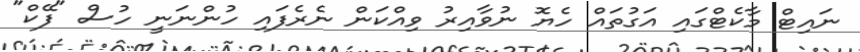
ނައިޓް މާކެޓްގައި އަގުތައް ހެޔޮ ނުވާއިރު ވިއްކަން ނެރެފައި ހުންނަނީ ހުސް "ފޭކް"